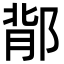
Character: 鄁